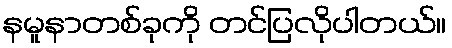
နမူနာတစ်ခုကို တင်ပြလိုပါတယ်။